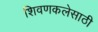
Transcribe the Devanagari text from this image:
शिवणकलेसाठी